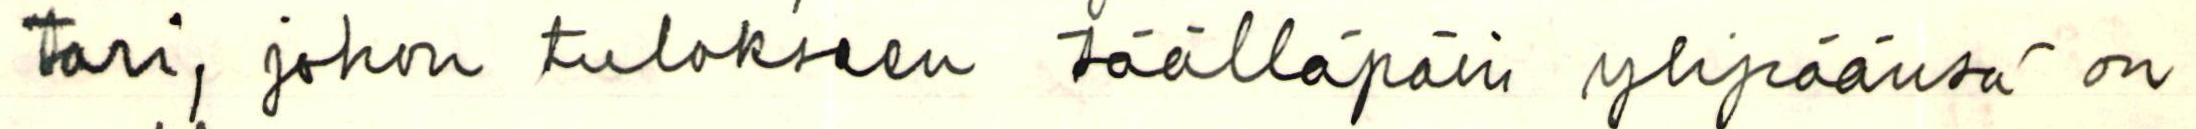
tari, johon tulokseen täälläpäin on